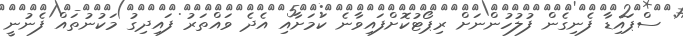
ސްޕައިޑާ ފެނިގެން ފުލުހުންނަށް ރިޕޯޓުކޮށްފައިވާނެ ކަމަށާއި އެދެ ވައްތަރު ފައިދިގު މަކުނުތައް ފެނުނީ